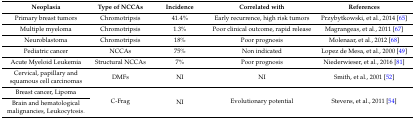
<table><thead><tr><td><b>Neoplasia</b></td><td><b>Type of NCCAs</b></td><td><b>Incidence</b></td><td><b>Correlated with</b></td><td><b>References</b></td></tr></thead><tbody><tr><td>Primary breast tumors</td><td>Chromotripsis</td><td>41.4%</td><td>Early recurrence, high risk tumors</td><td>Przybytkowski, et al., 2014 [65]</td></tr><tr><td>Multiple myeloma</td><td>Chromotripsis</td><td>1.3%</td><td>Poor clinical outcome, rapid release</td><td>Magrangeas, et al., 2011 [67]</td></tr><tr><td>Neuroblastoma </td><td>Chromotripsis</td><td>18%</td><td>Poor prognosis</td><td>Molenaar, et al., 2012 [68]</td></tr><tr><td>Pediatric cancer </td><td>NCCAs</td><td>75%</td><td>Non indicated</td><td>Lopez de Mesa, et al., 2000 [49]</td></tr><tr><td>Acute Myeloid Leukemia</td><td>Structural NCCAs</td><td>7%</td><td>Poor prognosis</td><td>Niederwieser, et al., 2016 [81]</td></tr><tr><td>Cervical, papillary and squamous cell carcinomas</td><td>DMFs</td><td>NI</td><td>NI</td><td>Smith, et al., 2001 [52]</td></tr><tr><td>Breast cancer, Lipoma</td><td rowspan="2">C-Frag</td><td rowspan="2">NI</td><td rowspan="2">Evolutionary potential</td><td rowspan="2">Stevens, et al., 2011 [54]</td></tr><tr><td>Brain and hematological malignancies, Leukocytosis.</td></tr></tbody></table>